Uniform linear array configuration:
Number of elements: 64
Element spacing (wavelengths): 0.75
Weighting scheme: blackman
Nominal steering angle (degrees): -15
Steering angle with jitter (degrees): -15.662
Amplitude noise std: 0.05
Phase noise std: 0.05

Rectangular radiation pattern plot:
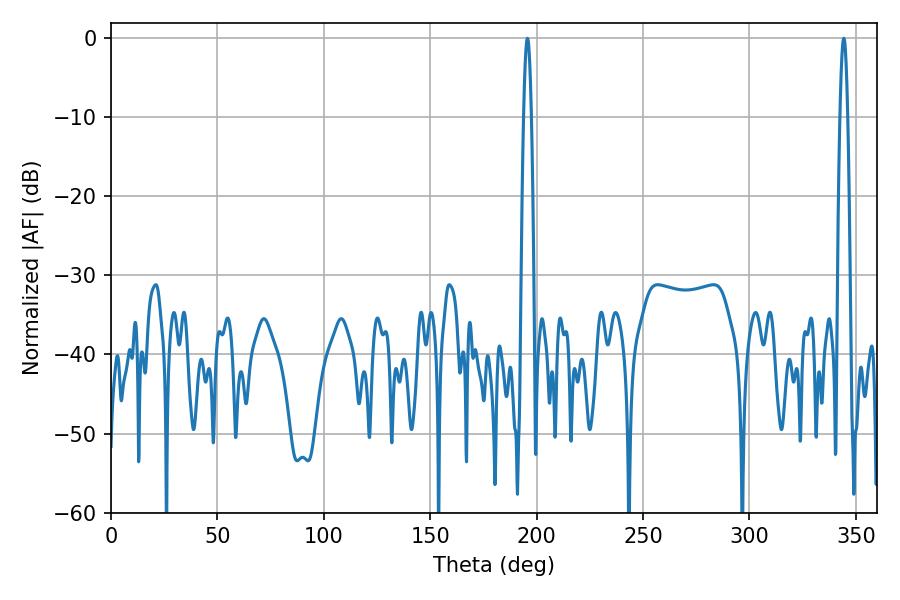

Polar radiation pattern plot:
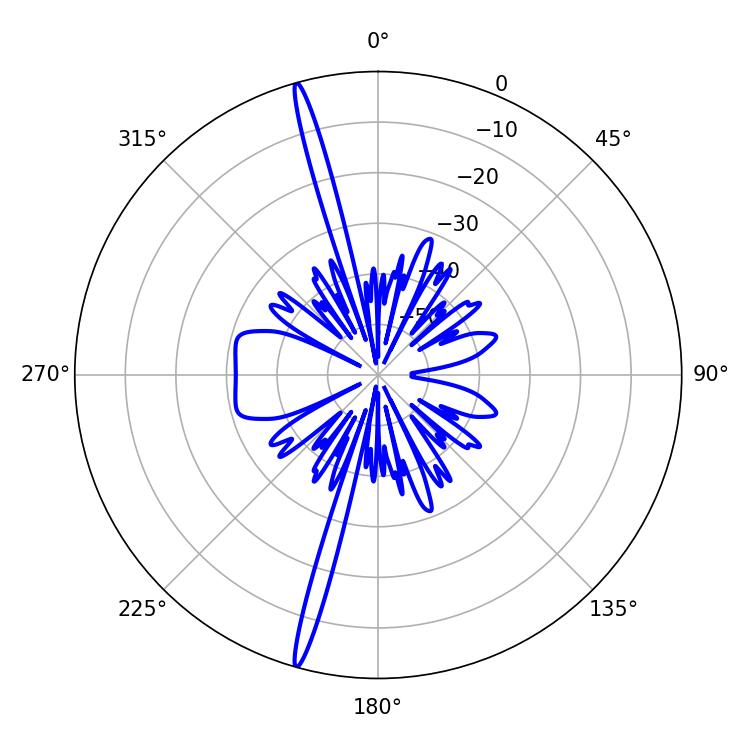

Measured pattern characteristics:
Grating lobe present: TRUE
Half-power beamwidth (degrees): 1.8
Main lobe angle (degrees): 195.66